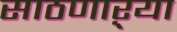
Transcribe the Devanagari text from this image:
साठणाऱ्या